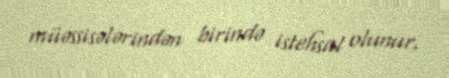
müəssisələrindən birində istehsal olunur.